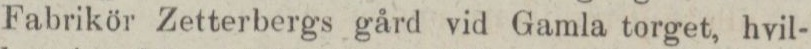
Fabrikör Zetterbergs gård vid Gamla torget, hvil-